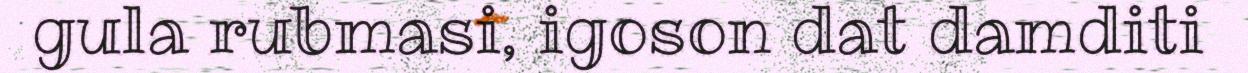
gula rubmasi, igoson dat damditi